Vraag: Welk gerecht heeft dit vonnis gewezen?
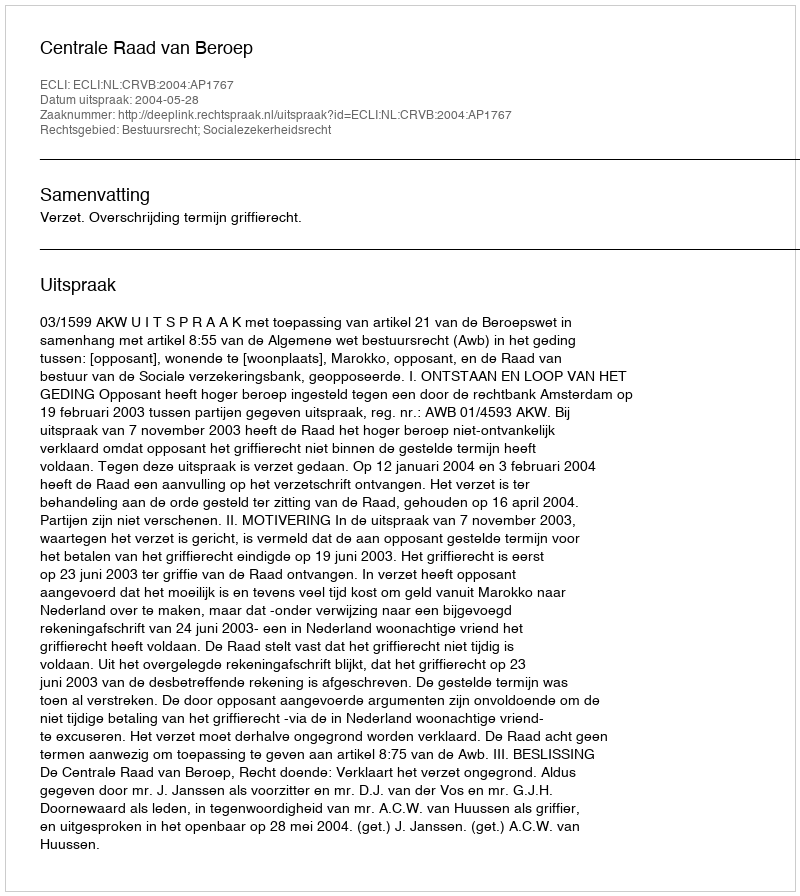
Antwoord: Centrale Raad van Beroep